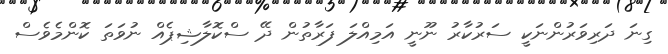
ގިނަ ދަރިވަރުންނަކީ ސަރުކާރު ނޫނީ އަމިއްލަ ފަރާތުން ދޭ ސްކޮލާޝިޕެއް ނުވަތަ ކޮންމެވެސް